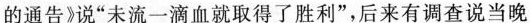
的通告》说”未流一滴血就取得了胜利”，后来有调查说当晚